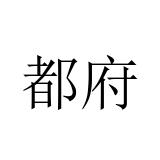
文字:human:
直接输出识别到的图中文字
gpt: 都府